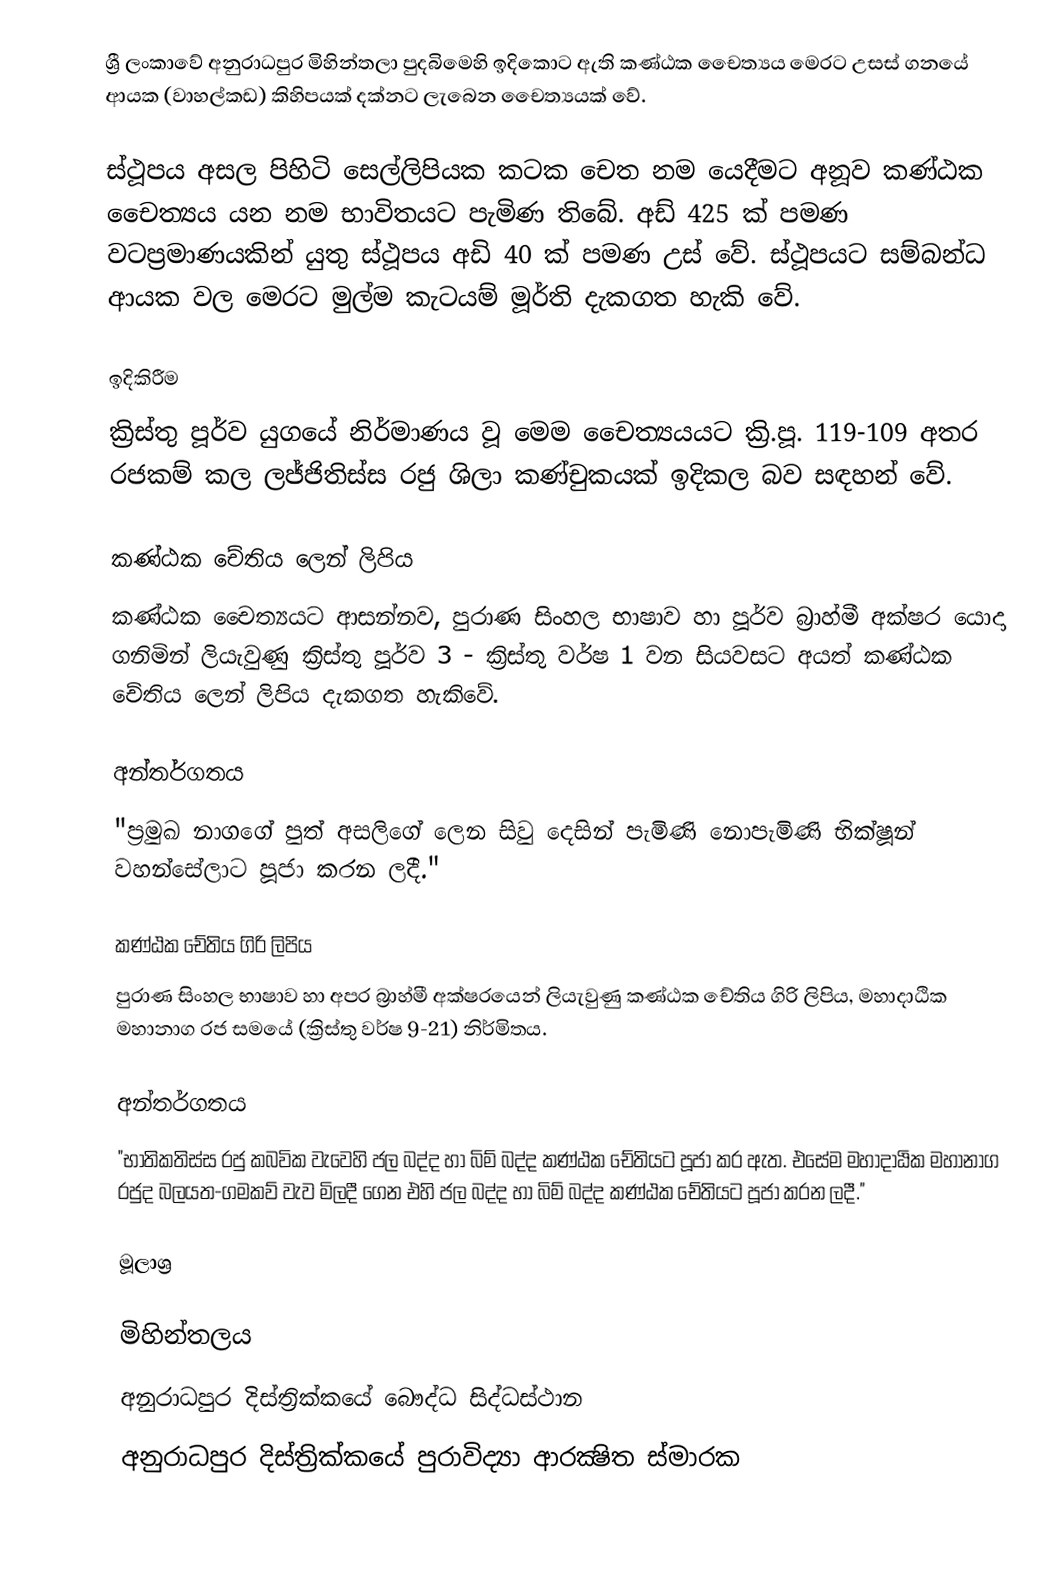
ශ්‍රී ලංකාවේ අනුරාධපුර මිහින්තලා පුදබිමෙහි ඉදිකොට ඇති කණ්ඨක චෛත්‍යය මෙරට උසස් ගනයේ ආයක (වාහල්කඩ) කිහිපයක් දක්නට ලැබෙන චෛත්‍යයක් වේ.

ස්ථූපය අසල පිහිටි සෙල්ලිපියක කටක චෙත නම යෙදීමට අනූව කණ්ඨක චෛත්‍යය යන නම භාවිතයට පැමිණ තිබේ. අඩ් 425 ක් පමණ වටප්‍රමාණයකින් යුතු ස්ථූපය අඩි 40 ක් පමණ උස් වේ. ස්ථූපයට සම්බන්ධ ආයක වල මෙරට මුල්ම කැටයම් මූර්ති දැකගත හැකි වේ.

ඉදිකිරීම
ක්‍රිස්තු පූර්ව යුගයේ නිර්මාණය වූ මෙම චෛත්‍යයයට ක්‍රි.පූ. 119-109 අතර රජකම් කල ලජ්ජිතිස්ස රජු ශිලා කණ්චුකයක් ඉදිකල බව සඳහන් වේ.

කණ්ඨක චේතිය ලෙන් ලිපිය
කණ්ඨක චෛත්‍යයට ආසන්නව, පුරාණ සිංහල භාෂාව හා පූර්ව බ්‍රාහ්මී අක්ෂර යොදා ගනිමින් ලියැවුණු ක්‍රිස්තු පූර්ව 3 - ක්‍රිස්තු වර්ෂ 1 වන සියවසට අයත් කණ්ඨක චේතිය ලෙන් ලිපිය දැකගත හැකිවේ.

අන්තර්ගතය
"ප්‍රමුඛ නාගගේ පුත් අසලිගේ ලෙන සිවු දෙසින් පැමිණි නොපැමිණි භික්ෂූන් වහන්සේලාට පූජා කරන ලදී."

කණ්ඨක චේතිය ගිරි ලිපිය
පුරාණ සිංහල භාෂාව හා අපර බ්‍රාහ්මී අක්ෂරයෙන් ලියැවුණු කණ්ඨක චේතිය ගිරි ලිපිය, මහාදාඨික මහානාග රජ සමයේ (ක්‍රිස්තු වර්ෂ 9-21) නිර්මිතය.

අන්තර්ගතය
"භාතිකතිස්ස රජු කබවික වැවෙහි ජල බද්ද හා බිම් බද්ද කණ්ඨක චේතියට පූජා කර ඇත. එසේම මහාදාඨික මහානාග රජුද බලයත-ගමකව් වැව මිලදී ගෙන එහි ජල බද්ද හා බිම් බද්ද කණ්ඨක චේතියට පූජා කරන ලදී."

මූලාශ්‍ර

මිහින්තලය
අනුරාධපුර දිස්ත්‍රික්කයේ බෞද්ධ සිද්ධස්ථාන
අනුරාධපුර දිස්ත්‍රික්කයේ පුරාවිද්‍යා ආරක්‍ෂිත ස්මාරක